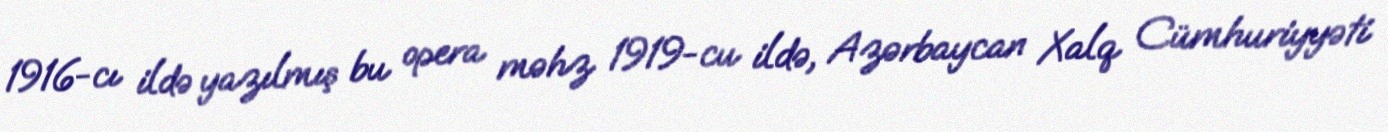
1916-cı ildə yazılmış bu opera məhz 1919-cu ildə, Azərbaycan Xalq Cümhuriyyəti